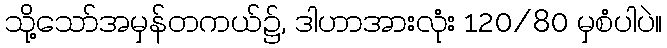
သို့သော်အမှန်တကယ်၌, ဒါဟာအားလုံး 120/80 မှစံပါပဲ။